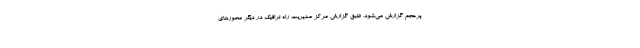
پرحجم گزارش می‌شود. طبق گزارش مرکز مدیریت راه ترافیک در دیگر محورهای